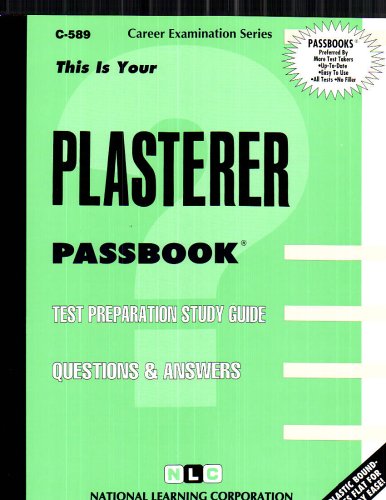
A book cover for Plasterer(Passbooks) (Career Examination Passbooks); Jack Rudman; Test Preparation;